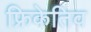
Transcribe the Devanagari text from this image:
फ्रिकेतिव